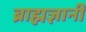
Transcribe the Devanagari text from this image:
ब्राह्मज्ञानी